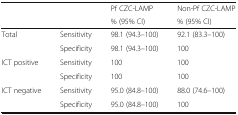
| <ROWSPAN=2>  | <ROWSPAN=2>  | Pf CZC-LAMP | Non-Pf CZC-LAMP |
 | % (95% CI) | % (95% CI) |
 | --- | --- | --- | --- |
 | <ROWSPAN=2> Total | Sensitivity | 98.1 (94.3–100) | 92.1 (83.3–100) |
 | Specificity | 98.1 (94.3–100) | 100 |
 | <ROWSPAN=2> ICT positive | Sensitivity | 100 | 100 |
 | Specificity | 100 | 100 |
 | <ROWSPAN=2> ICT negative | Sensitivity | 95.0 (84.8–100) | 88.0 (74.6–100) |
 | Specificity | 95.0 (84.8–100) | 100 |